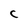
Character: C